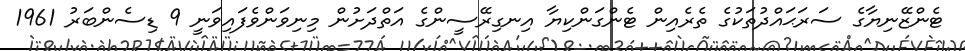
ޓެންޒޭނިޔާގެ ސަރަޙައްދުތަކުގެ ތެރެއިން ޓެންގަންކިޔާ އިނގިރޭސީންގެ އަތްދަށުން މިނިވަންވެފައިވަނީ 9 ޑިސެންބަރު 1961